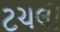
ટચલી